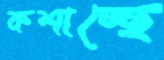
কশাচ্ছে